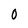
Character: 0